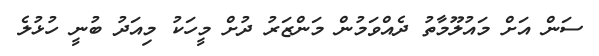
ސަން އަށް މައުލޫމާތު ދެއްވަމުން މަންޒަރު ދުށް މީހަކު މިއަދު ބުނީ ހުޅުލެ